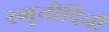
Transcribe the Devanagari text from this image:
स्मृतीदिनी